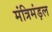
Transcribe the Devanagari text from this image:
मंत्रिमंड़ल